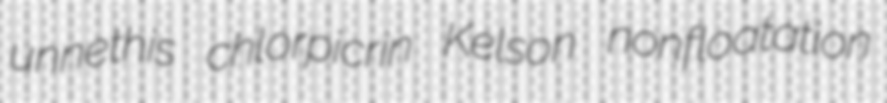
unnethis chlorpicrin Kelson nonfloatation